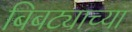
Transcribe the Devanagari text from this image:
बिबट्याच्या